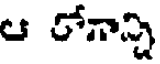
ఆ రోగాన్ని